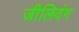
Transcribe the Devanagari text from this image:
जीलिवंग